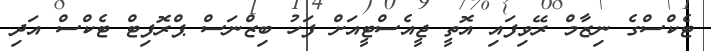
ޓެކްސްގެ ނިޒާމް ރޭވިފައި އޮތީ ޖީއެސްޓީއަށް ފަހު ބިޒްނަސް ޕްރޮފިޓް ޓެކްސް އަދި